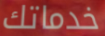
خدماتك